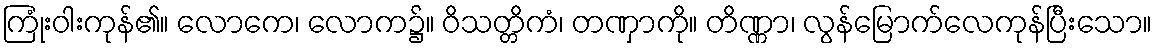
ကြုံးဝါးကုန်၏။ လောကေ၊ လောက၌။ ဝိသတ္တိကံ၊ တဏှာကို။ တိဏ္ဏာ၊ လွန်မြောက်လေကုန်ပြီးသော။